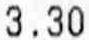
3.30